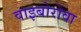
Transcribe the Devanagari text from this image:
वाइबोरोवा